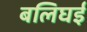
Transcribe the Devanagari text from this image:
बलिघई